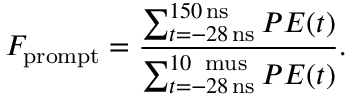
F _ { \mathrm { p r o m p t } } = \frac { \sum _ { t = - 2 8 \, \mathrm { n s } } ^ { 1 5 0 \, \mathrm { n s } } P E ( t ) } { \sum _ { t = - 2 8 \, \mathrm { n s } } ^ { 1 0 \, \mathrm { \ m u s } } P E ( t ) } .